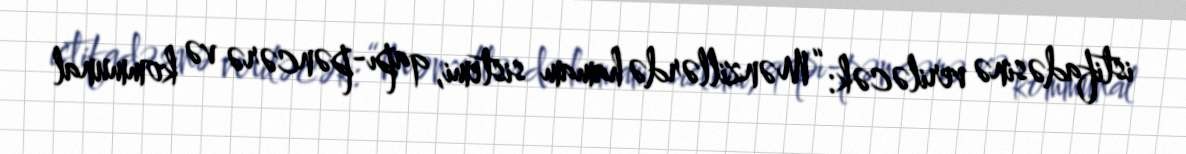
istifadəsinə veriləcək: “Mənzillərdə hamam sistemi, qapı-pəncərə və kommunal